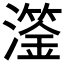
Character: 𤁈